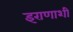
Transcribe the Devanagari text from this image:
इराणाशी